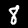
Digit: 8